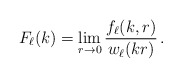
\begin{align*}F_\ell(k) = \lim_{r\to 0}\frac{f_\ell(k,r)}{w_\ell(kr)}\,.\end{align*}